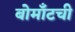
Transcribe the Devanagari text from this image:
बोमाँटची